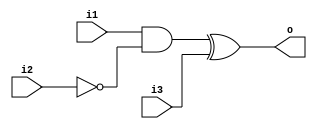
module Adder_SubModule_R1 (i1,i2,i3,o);
  input i1,i2,i3;
  output o;

  wire temp;

  assign temp = (i1&(~i2));

  assign o = temp^i3;

endmodule